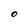
Character: O